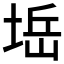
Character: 𱗀